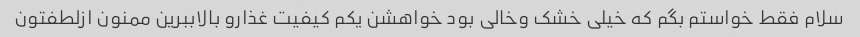
سلام فقط خواستم بگم که خیلی خشک وخالی بود خواهشن یکم کیفیت غذارو بالاببرین ممنون ازلطفتون